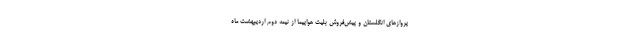
پروازهای انگلستان و پیش‌فروش بلیت هواپیما از نیمه دوم اردیبهشت ماه